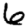
Digit: 6